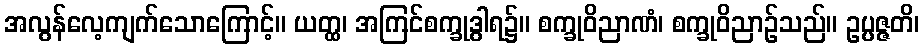
အလွန်လေ့ကျက်သောကြောင့်။ ယတ္ထ၊ အကြင်စက္ခုဒွါရ၌။ စက္ခုဝိညာဏံ၊ စက္ခုဝိညာဉ်သည်။ ဥပ္ပဇ္ဇတိ၊